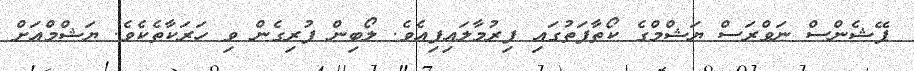
ޕޭޝެންސް ނަވްރަސް ޔަޝްމްގެ ކޯތާފަތުގައި ފިރުމާލައިފިއެވެ. ލޯބިން ފުރިގެން ވި ހަރަކާތެކެވެ. ޔަޝްމްއަށް